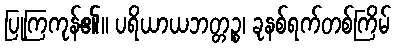
ပြုကြကုန်၏။ ပရိယာယဘတ္တဉ္စ၊ ခုနစ်ရက်တစ်ကြိမ်